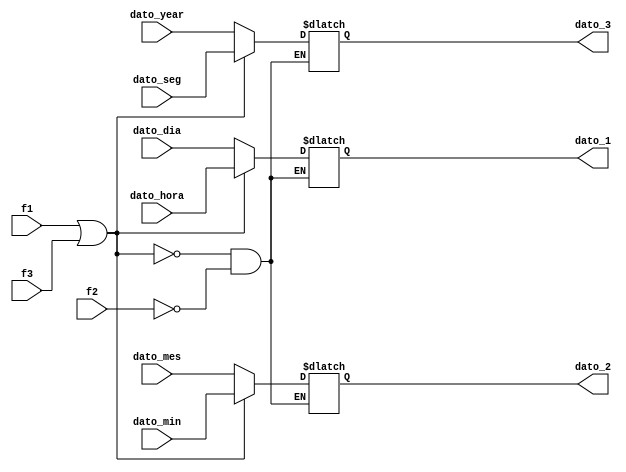
module Deco_salida(
	input f1,f2,f3,
	input [N-1:0] dato_hora, dato_min, dato_seg, dato_dia, dato_mes, dato_year,
	output reg [N-1:0] dato_1, dato_2, dato_3
    );

parameter N=8;

always @*
begin
	if (f1||f3) //asigna los datos de los contadores en los registros de salida
	begin
		dato_1<= dato_hora;
		dato_2<= dato_min;
		dato_3<= dato_seg;
	end
	else if (f2)
	begin
		dato_1<= dato_dia;
		dato_2<= dato_mes;
		dato_3<= dato_year;
	end
	else
	begin
		dato_1<= dato_1;
		dato_2<= dato_2;
		dato_3<= dato_3;
	end
end

endmodule